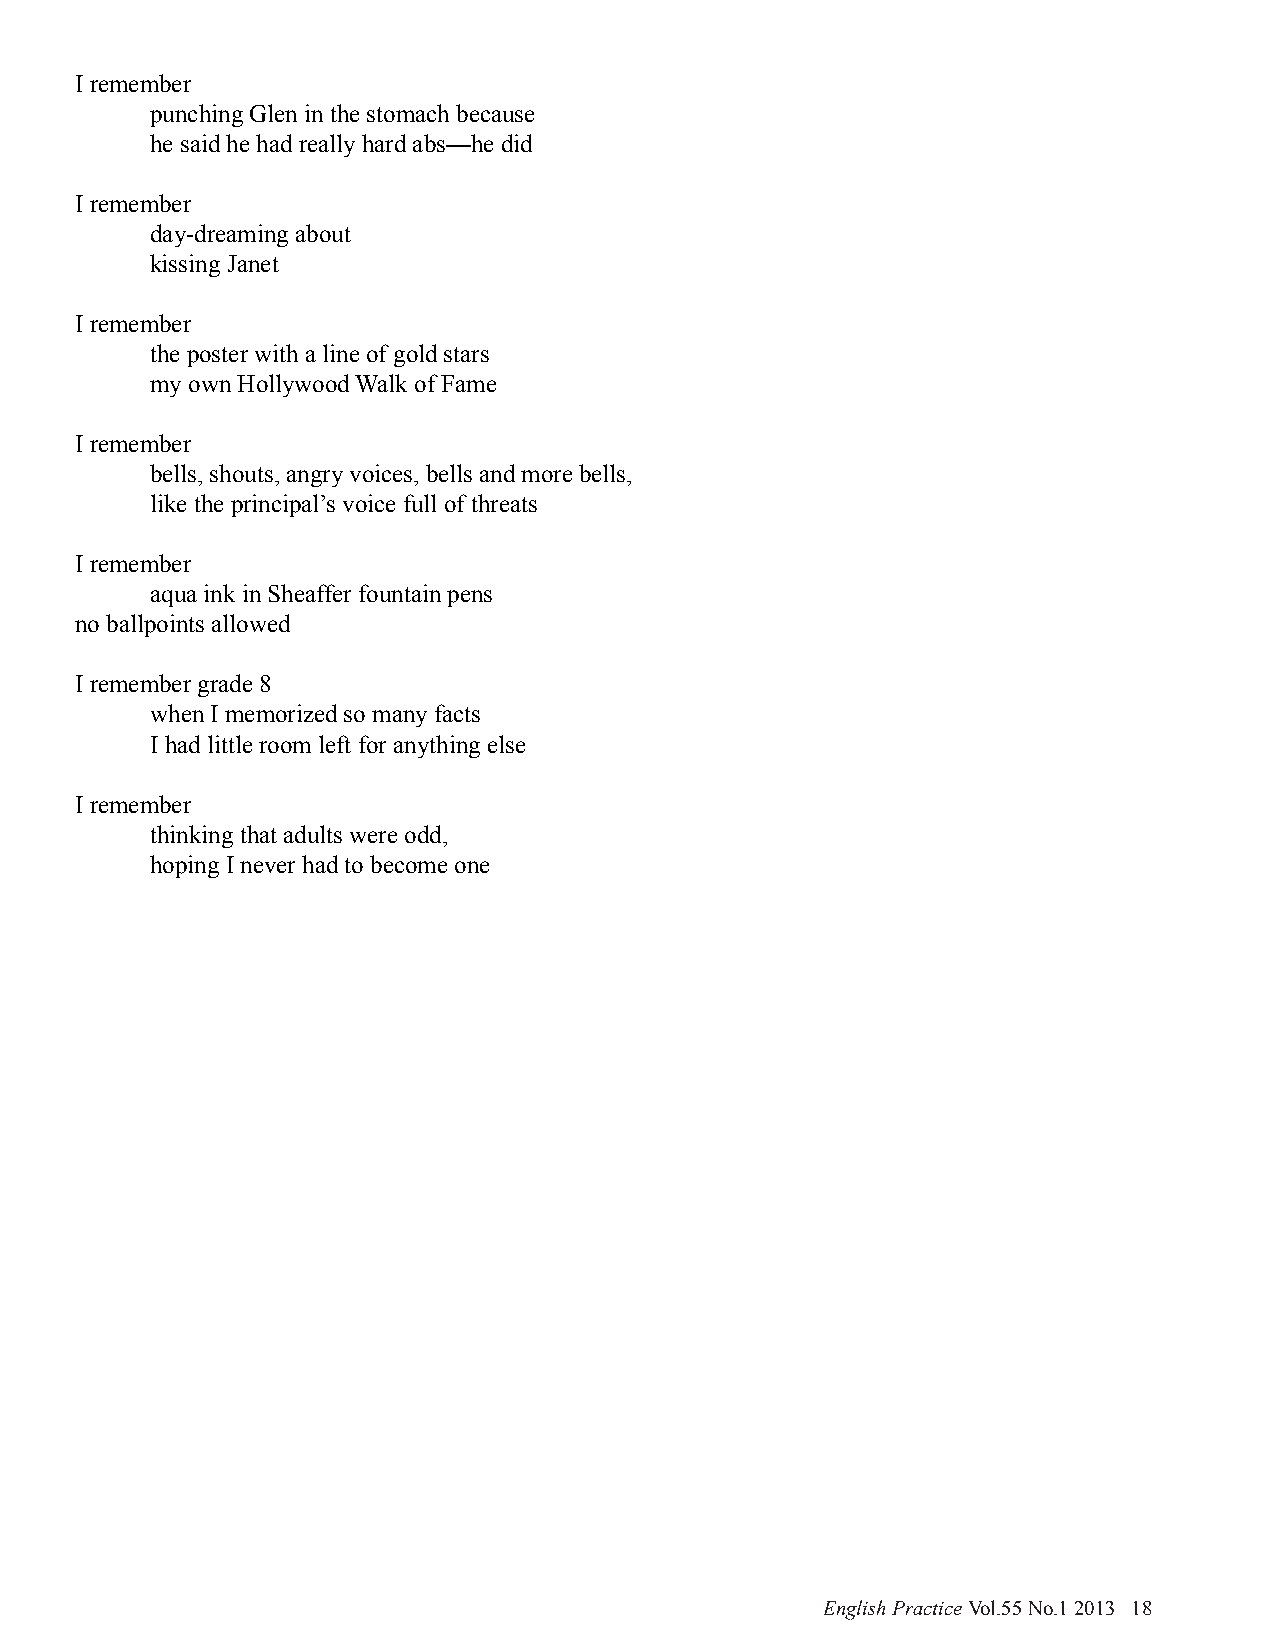
I remember
 punching Glen in the stomach because
 he said he had really hard abs—he did
 I remember
 day-dreaming about
 kissing Janet
 I remember
 the poster with a line of gold stars
 my own Hollywood Walk of Fame
 I remember
 bells, shouts, angry voices, bells and more bells,
 like the principal’s voice full of threats
 I remember
 aqua ink in Sheaffer fountain pens
 no ballpoints allowed
 I remember grade 8
 when I memorized so many facts
 I had little room left for anything else
 I remember
 thinking that adults were odd,
 hoping I never had to become one
 English Practice Vol.55 No.1 2013 18